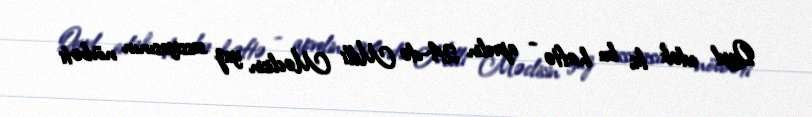
Qeyd edək ki, bu həftə - aprelin 24-də Milli Məclisin yaz sessiyasının növbəti